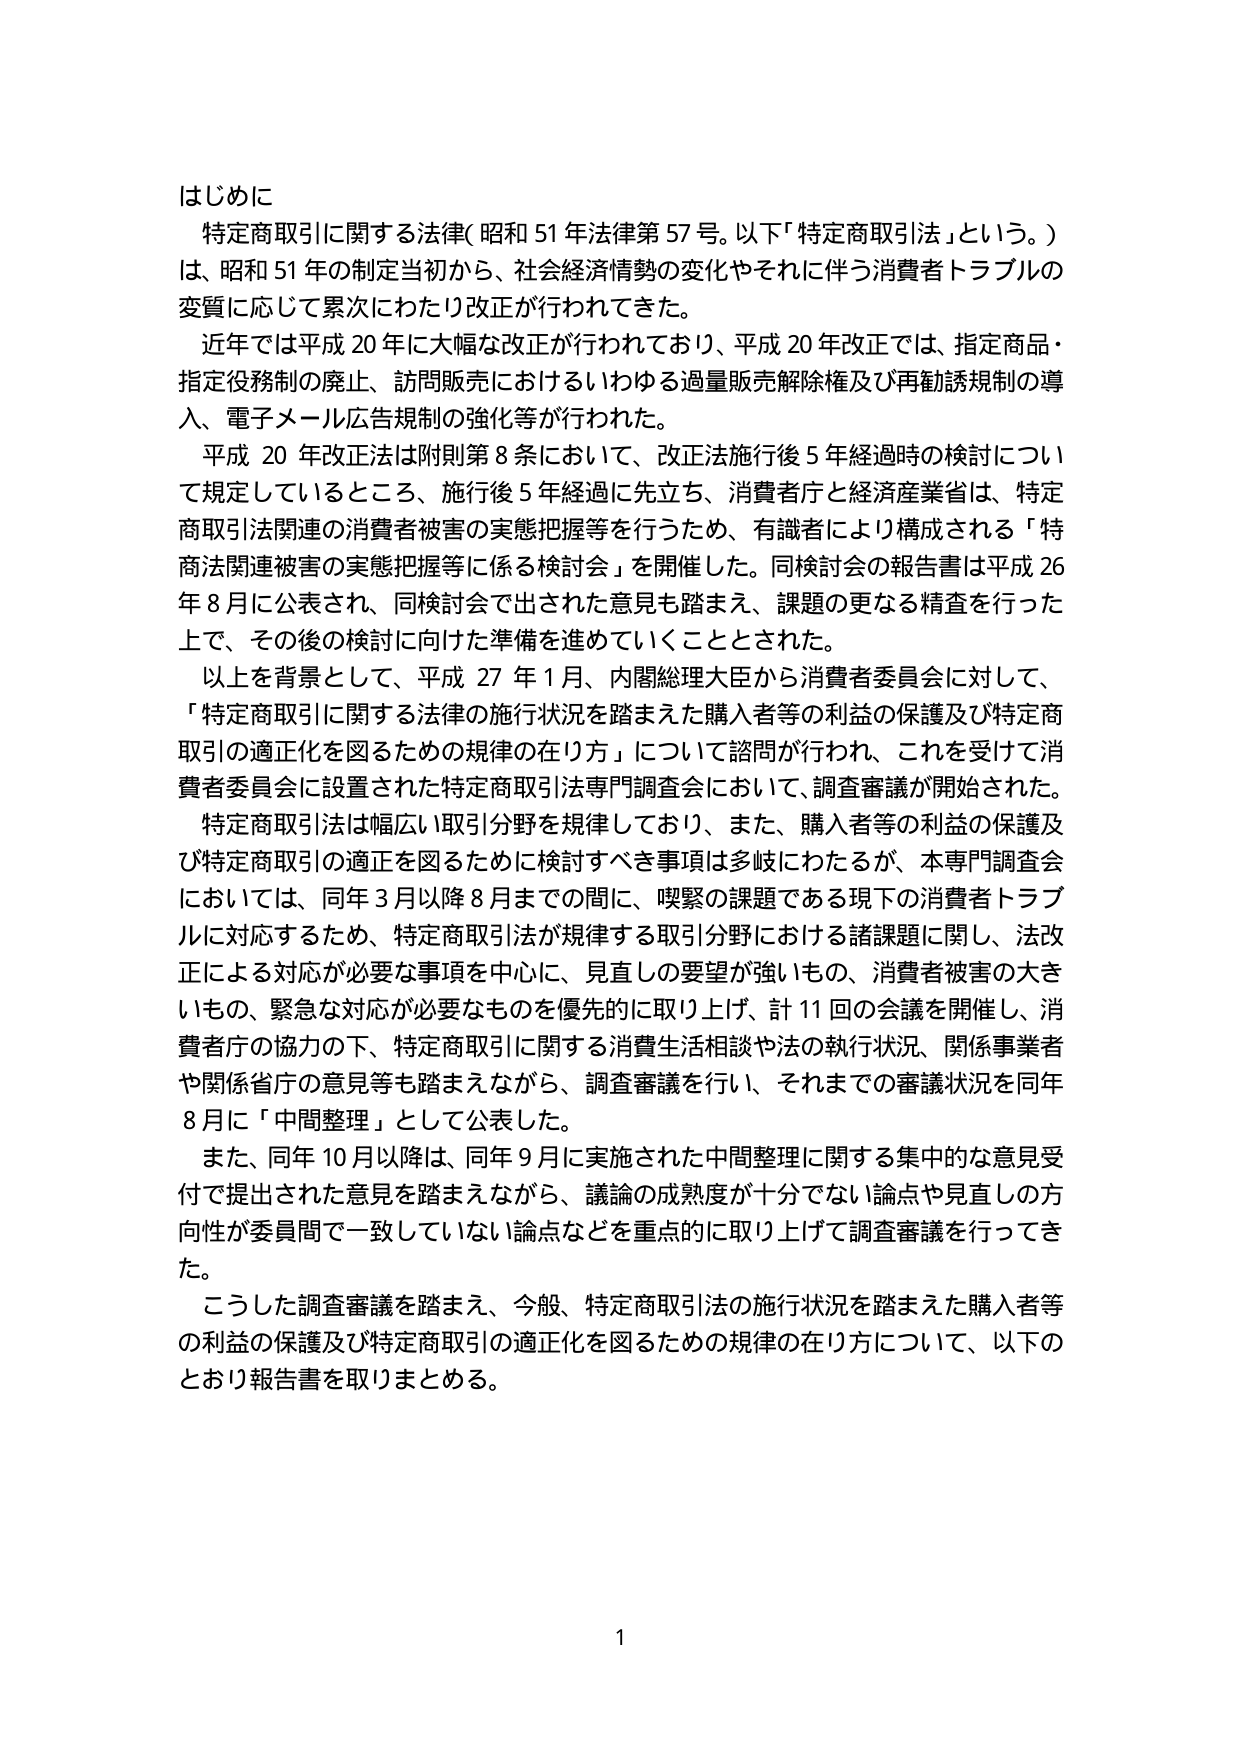
はじめに
特定商取引に関する法律（昭和51年法律第57号。以下「特定商取引法」という。）
は、昭和51年の制定当初から、社会経済情勢の変化やそれに伴う消費者トラブルの
変質に応じて累次にわたり改正が行われてきた。
近年では平成20年に大幅な改正が行われており、平成20年改正では、指定商品・
指定役務制の廃止、訪問販売におけるいわゆる過量販売解除権及び再勧誘規制の導
入、電子メール広告規制の強化等が行われた。
平成20年改正法は附則第8条において、改正法施行後5年経過時の検討につい
て規定しているところ、施行後5年経過に先立ち、消費者庁と経済産業省は、特定
商取引法関連の消費者被害の実態把握等を行うため、有識者により構成される「特
商法関連被害の実態把握等に係る検討会」を開催した。同検討会の報告書は平成26
年8月に公表され、同検討会で出された意見も踏まえ、課題の更なる精査を行った
上で、その後の検討に向けた準備を進めていくこととされた。
以上を背景として、平成27年1月、内閣総理大臣から消費者委員会に対して、
「特定商取引に関する法律の施行状況を踏まえた購入者等の利益の保護及び特定商
取引の適正化を図るための規律の在り方」について諮問が行われ、これを受けて消
費者委員会に設置された特定商取引法専門調査会において、調査審議が開始された。
特定商取引法は幅広い取引分野を規律しており、また、購入者等の利益の保護及
び特定商取引の適正を図るために検討すべき事項は多岐にわたるが、本専門調査会
においては、同年3月以降8月までの間、喫緊の課題である現下の消費者トラブル
に対応するため、特定商取引法が規律する取引分野における諸課題に関し、法改正
による対応が必要な事項を中心に、見直しの要望が強いもの、消費者被害の大き
いもの、緊急な対応が必要なもの優先的に取り上げ、計11回の会議を開催し、消
費者庁の協力の下、特定商取引に関する消費生活相談や法の執行状況、関係事業者
や関係省庁の意見等も踏まえながら、調査審議を行い、それまでの審議状況を同年
8月に「中間整理」として公表した。
また、同年10月以降は、同年9月に実施された中間整理に関する集中的な意見受
付で提出された意見を踏まえながら、議論の成熟度が十分でない論点や見直しの方
向性が委員間で一致していない論点などを重点的に取り上げて調査審議を行ってき
た。
こうした調査審議を踏まえ、今般、特定商取引法の施行状況を踏まえた購入者等
の利益の保護及び特定商取引の適正化を図るための規律の在り方について、以下の
とおり報告書を取りまとめる。

1